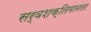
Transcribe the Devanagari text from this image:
सर्वशक्तिमानता